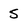
Character: 5